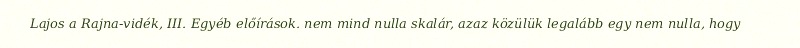
Lajos a Rajna-vidék, III. Egyéb előírások. nem mind nulla skalár, azaz közülük legalább egy nem nulla, hogy